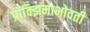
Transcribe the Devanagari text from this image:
प्रॉक्झिमाभोवती